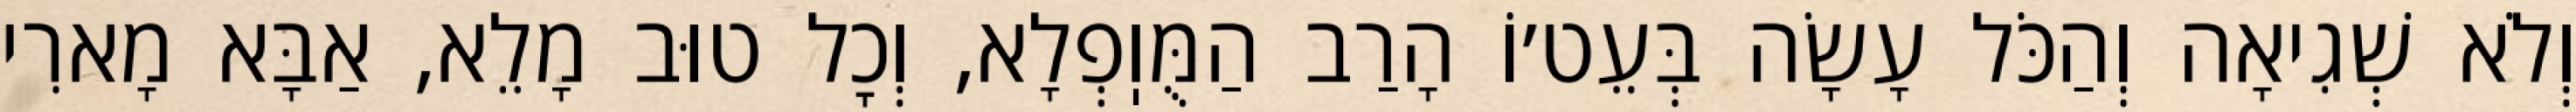
וְלֹא שְׁגִיאָה וְהַכֹּל עָשָׂה בְּעֵט׳וֹ הָרַב הַמֻּוֽפְלָא, וְכׇל טוּב מָלֵא, אַבָּא מָארִי